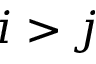
i > j